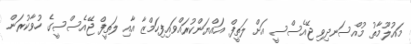
މައުލޫމާތު މުއްސަނދިވި ޖޭއެސްސީ އަށް ލަތީފް އައްޔަންކުރައްވައިފިހަމްޒާ އާއި ލަތީފް ޖޭއެސްސީގެ ހުވާކުރަން